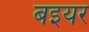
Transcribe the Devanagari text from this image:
बइयर